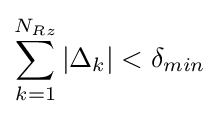
\sum _{k=1}^{N_{Rz}}|\Delta _{k}|<\delta _{min}